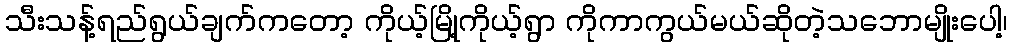
သီးသန့်ရည်ရွယ်ချက်ကတော့ ကိုယ့်မြို့ကိုယ့်ရွာ ကိုကာကွယ်မယ်ဆိုတဲ့သဘောမျိုးပေါ့၊